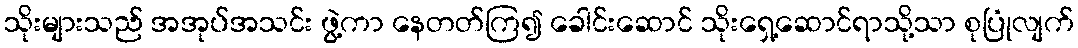
သိုးများသည် အအုပ်အသင်း ဖွဲ့ကာ နေတတ်ကြ၍ ခေါင်းဆောင် သိုးရှေ့ဆောင်ရာသို့သာ စုပြုံလျက်